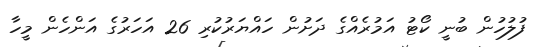
ފުލުހުން ބުނީ ކޯޓު އަމުރެއްގެ ދަށުން ހައްޔަރުކުރި 26 އަހަރުގެ އަންހެން މީހާ